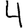
Digit: 4